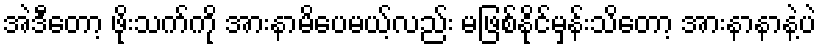
အဲဒီတော့ ဖိုးသက်ကို အားနာမိပေမယ့်လည်း မဖြစ်နိုင်မှန်းသိတော့ အားနာနာနဲ့ပဲ